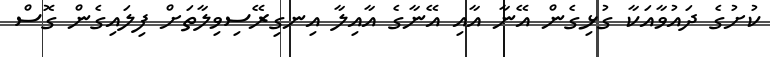
ކުށުގެ ދައުވާއަކާ ގުޅިގެން އޭނާ އާއިި އޭނާގެ އާއިލާ އިނގިރޭސިވިލާތަށް ފިލައިގެން ގޮސް